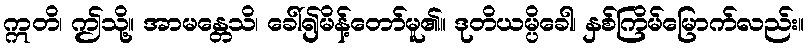
ဣတိ၊ ဤသို့။ အာမန္တေသိ၊ ခေါ်၍မိန့်တော်မူ၏။ ဒုတိယမ္ပိခေါ၊ နှစ်ကြိမ်မြောက်လည်း။